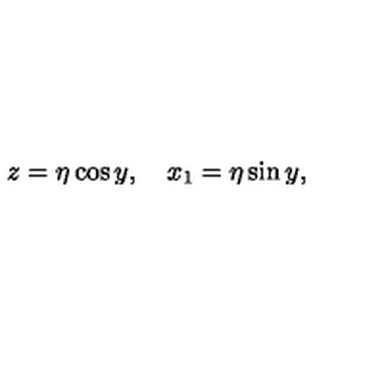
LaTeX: z = \eta \cos y , \quad x _ { 1 } = \eta \sin y ,